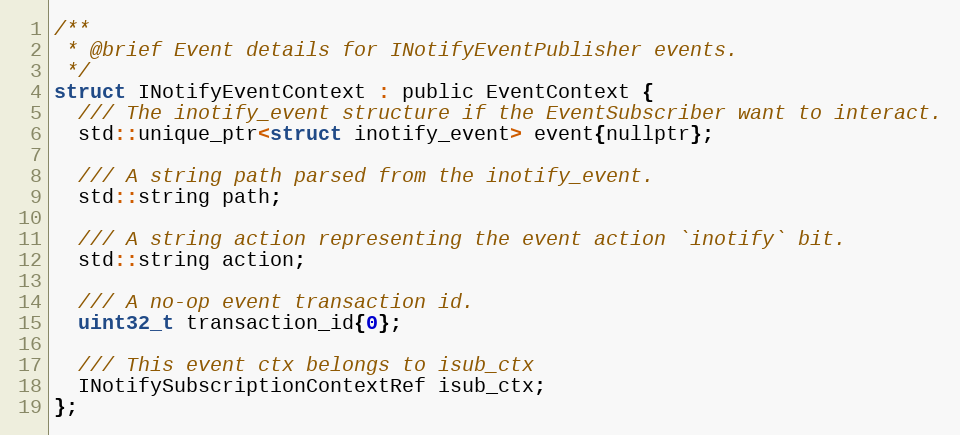
Language: C
/**
 * @brief Event details for INotifyEventPublisher events.
 */
struct INotifyEventContext : public EventContext {
  /// The inotify_event structure if the EventSubscriber want to interact.
  std::unique_ptr<struct inotify_event> event{nullptr};

  /// A string path parsed from the inotify_event.
  std::string path;

  /// A string action representing the event action `inotify` bit.
  std::string action;

  /// A no-op event transaction id.
  uint32_t transaction_id{0};

  /// This event ctx belongs to isub_ctx
  INotifySubscriptionContextRef isub_ctx;
};